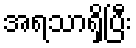
အရသာရှိပြီး